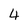
Character: 4